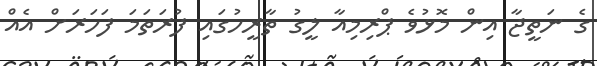
ގެ ނަތީޖާ އިން މޮޅުވެ ޕްރިމިއާ ލީގު ތާރީހުގައި ފުރަތަމަ ފަހަރަށް އެއް